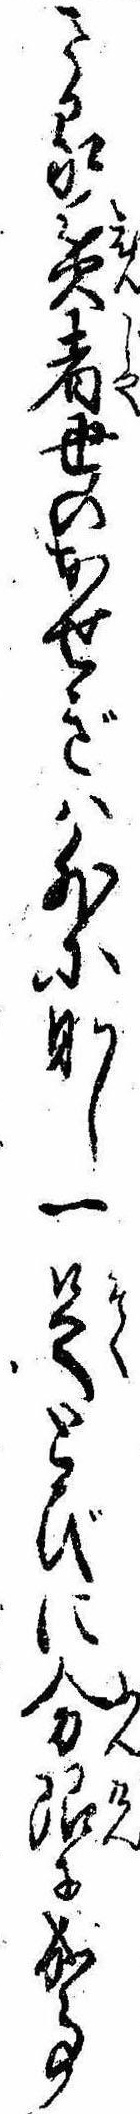
さる貧者世のかせぎは外になし一足とびに分限に成事